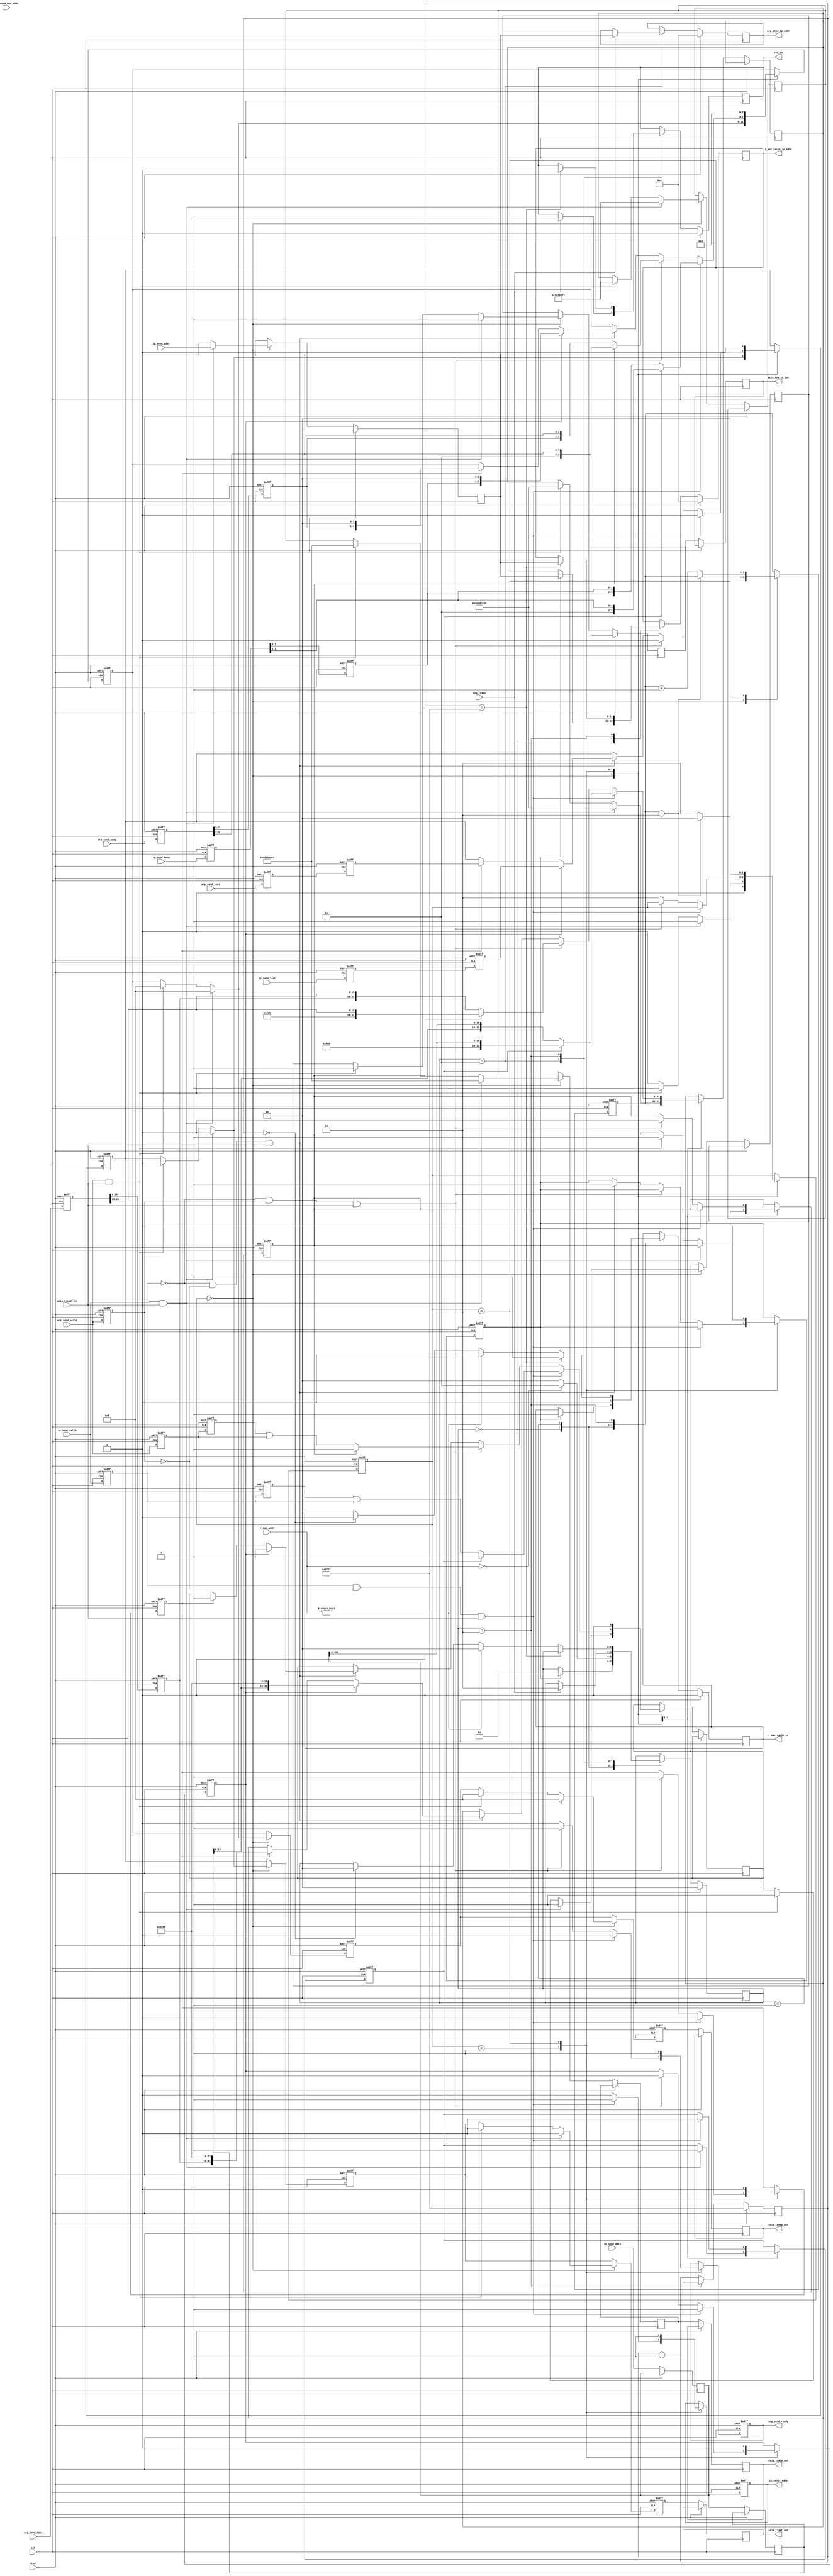
`timescale 1ps/1ps
`define INIT 2'h0 //all
`define RECV 2'h1 //ri, ra
`define MAC  2'h1 //trans
`define IP   2'h1 //cpu
`define WAIT 2'h2 //ri, ra, trans
`define ARP  2'h2
`define REQ  2'h3 //trans


module send_buffer
#(
    parameter SRC_MAC = 48'h55ffeeddccbb,
    parameter DES_MAC = 48'hdd0504030201
    )
(

    input               clk,
    input               reset,
    //ip send
    input [31:0]        ip_send_addr,
    input [31:0]        ip_send_data,
    input               ip_send_valid,
    input [3:0]         ip_send_keep,
    input               ip_send_last,
    output reg          ip_send_ready,
    //arp_send
    //**send reply ports
    input [47:0]        arp_send_mac_addr,
    input [31:0]        arp_send_data,
    input               arp_send_valid,
    input [3:0]         arp_send_keep,
    input               arp_send_last,
    output reg          arp_send_ready,
    //**send request ports
    input               req_ready,
    output reg [31:0]   arp_send_ip_addr,
    output reg          req_en,
    //mac_cache
    input [47:0]        r_mac_addr,
    output reg          r_mac_cache_en,
    output reg [31:0]   r_mac_cache_ip_addr,

    output reg [31:0]   axis_tdata_out,
    output reg          axis_tvalid_out,
    output reg [3:0]    axis_tkeep_out,
    output reg          axis_tlast_out,
    input               axis_tready_in
);


reg [1:0]           tail_cnt;


//arp vars
reg [1:0]           ra_state;
reg                 arp_head;
reg                 arp_send_symbol;
reg                 arp_send_valid_r;
reg                 cpu_arp_done;

reg [47:0]          ra_mac_addr;
reg [31:0]          ra_data[6:0];
reg [2:0]           ra_count;
//ip vars
reg [31:0]          data_r1, data_r2, data_r3 ='h0;
reg [3:0]           keep_r1, keep_r2, keep_r3;
reg                 last_r1, last_r2, last_r3;
reg                 valid_r1, valid_r2, valid_r3;
reg [3:0]           ip_send_keep_r1, ip_send_keep_r2;
reg                 ip_send_last_r1, ip_send_last_r2;
reg                 ip_send_valid_r1, ip_send_valid_r2;
reg [31:0]          arp_data_r1, arp_data_r2, arp_data_r3, arp_data_r4, arp_data_r5;
reg [3:0]           arp_send_keep_r1, arp_send_keep_r2, arp_send_keep_r3, arp_send_keep_r4, arp_send_keep_r5;
reg                 arp_send_last_r1, arp_send_last_r2;
reg                 arp_send_valid_r1, arp_send_valid_r2;

reg [31:0]          ip_data_r1, ip_data_r2;
reg                 ip_send_valid_r;
reg                 ip_head;
reg [1:0]           buffer_cnt;
reg                 ip_send_symbol;

reg [1:0]           ri_state;
reg [47:0]          ri_mac_addr;
reg [31:0]          ri_ip_addr;
reg [31:0]          ri_data[255:0];
reg [7:0]           ri_count;
reg                 ri_buf_wait; //goes high after recving ip data, low after sent to cpu
reg                 ri_buf_translate; //goes high after recving ip data
//translation vars
reg [1:0]               mac_state;
reg [15:0]               mac_timeout;

integer               i;

//receive arp reply state machine
always @(posedge clk or posedge reset) begin
  if(reset) begin
     ra_state <= `INIT;
     ra_count <= 3'h0;
    // arp_send_ready <= 1'b1;
     ra_mac_addr <= 48'h0;
     for(i = 3'h0; i < 3'h7; i = i+1)
       ra_data[i] <= 32'h0;
  end else

    begin
       case (ra_state)
         `INIT: begin
            if (arp_send_valid) begin
               ra_state <= `RECV;
               ra_mac_addr <= arp_send_mac_addr;
               ra_data[0] <= arp_send_data;
               ra_count <= 3'h1; //start receiving at the second word
            end
         end
         `RECV: begin
            if (ra_count < 3'h7) begin
               ra_data[ra_count] <= arp_send_data;
               ra_count <= ra_count + 3'h1;
            end else
              begin
                 ra_count <= 3'h0;
                // arp_send_ready <= 1'b0;
                 ra_state <= `WAIT;
              end
         end
         `WAIT: begin
            if (cpu_arp_done == 1'b1) begin
               ra_state <= `INIT;
               //arp_send_ready <= 1'b1;
            end
         end
       endcase
    end
end

//receive ip state machine
always @(posedge clk or posedge reset) begin
  if(reset) begin
     ri_state <= `INIT;
     ri_count <= 8'h0;
     ri_buf_wait <= 1'b0;
     ip_send_ready <= 1'b1;
     arp_send_ready <= 1'b1;
     ri_buf_translate <= 1'b0;
     ip_head <= 'b1;
     arp_head <= 'b1;
     ip_send_symbol <= 'b0;
     arp_send_symbol <= 'b0;
     buffer_cnt <= 'h0;
     tail_cnt <= 'h0;
     arp_send_valid_r <= 1'b0;
     {ip_send_keep_r2, ip_send_keep_r1} <= 'h0;
     {ip_send_last_r2, ip_send_last_r1} <= 'h0;
     {ip_send_valid_r2, ip_send_valid_r1} <= 'h0;
     {arp_send_keep_r2, arp_send_keep_r1} <= 'h0;
     {arp_send_last_r2, arp_send_last_r1} <= 'h0;
     {arp_send_valid_r2, arp_send_valid_r1} <= 'h0;
     {arp_data_r1, arp_data_r2, arp_data_r3, arp_data_r4, arp_data_r5} <= 'h0;
     {keep_r3, keep_r2, keep_r1} <= 'h0;
     {last_r3, last_r2, last_r1} <= 'h0;
     for(i = 8'h0; i < 8'hFF; i = i+1)
       ri_data[i] <= 32'h0;
  end else
    begin
       axis_tdata_out <= data_r3;
       data_r3 <= data_r2;
       data_r2 <= data_r1;

       axis_tkeep_out <= keep_r3;
       keep_r3 <= keep_r2;
       keep_r2 <= keep_r1;

       axis_tvalid_out <= valid_r3;
       valid_r3 <= valid_r2;
       valid_r2 <= valid_r1;

       axis_tlast_out <= last_r3;
       last_r3 <= last_r2;
       last_r2 <= last_r1;

       ip_data_r1 <= ip_send_data;
       ip_data_r2 <= ip_data_r1;

       ip_send_valid_r1 <= ip_send_valid;
       ip_send_valid_r2 <= ip_send_valid_r1;

       ip_send_keep_r1 <= ip_send_keep;
       ip_send_keep_r2 <= ip_send_keep_r1;

       ip_send_last_r1 <= ip_send_last;
       ip_send_last_r2 <= ip_send_last_r1;

       arp_data_r1 <= arp_send_data;
       arp_data_r2 <= arp_data_r1;
       arp_data_r3 <= arp_data_r2;


       arp_send_valid_r1 <= arp_send_valid;
       arp_send_valid_r2 <= arp_send_valid_r1;

       arp_send_keep_r1 <= arp_send_keep;
       arp_send_keep_r2 <= arp_send_keep_r1;

       arp_send_last_r1 <= arp_send_last;
       arp_send_last_r2 <= arp_send_last_r1;

       arp_send_valid_r <= arp_send_valid;

       case (ri_state)
         `INIT: begin
            tail_cnt <= 'h0;
            if (ip_send_valid & axis_tready_in) begin
               data_r3 <= DES_MAC[47:16];
               data_r2 <= {DES_MAC[15:0], SRC_MAC[47:32]};
               data_r1 <= SRC_MAC[31:0];
               keep_r3 <= 'hf;
               keep_r2 <= 'hf;
               keep_r1 <= 'hf;
               last_r3 <= 1'b0;
               last_r2 <= 1'b0;
               last_r1 <= 1'b0;
               {valid_r3, valid_r2, valid_r1} <= 3'b111;

               // ip_data_r1 <= ip_send_data;
               ip_head <= 1'b1;
               ri_state <= `RECV;
               ri_ip_addr <= ip_send_addr;
               ri_count <= 8'h1; //start receiving at the second word
            end // if (ip_send_valid)
            else if (arp_send_valid & axis_tready_in) begin
               data_r3 <= DES_MAC[47:16];
               data_r2 <= {DES_MAC[15:0], SRC_MAC[47:32]};
               data_r1 <= SRC_MAC[31:0];
               keep_r3 <= 'hf;
               keep_r2 <= 'hf;
               keep_r1 <= 'hf;
               last_r3 <= 1'b0;
               last_r2 <= 1'b0;
               last_r1 <= 1'b0;
               {valid_r3, valid_r2, valid_r1} <= 3'b111;
               //arp_data_r1 <= arp_send_data;
               arp_head <= 1'b1;
               ri_state <= `RECV;
            end
            else begin
               ri_state <= `INIT;

            end // else: !if(arp_send_valid)
         end
         `RECV: begin
            if (ip_send_valid_r1 && !arp_send_valid_r && axis_tready_in) begin
                ip_send_symbol <= 'b1;
                arp_send_symbol <= 1'b0;

                arp_send_ready <= 1'b0;
                ip_send_ready <= 1'b1;
                if (ip_head) begin
                    data_r1 <= {16'h0800, ip_data_r1[31:16]};
                    keep_r1 <= {2'b11, ip_send_keep_r1[3:2]};
                    last_r1 <= 1'b0;
                    valid_r1 <= 1'b1;
                    ip_head <= 1'b0;
                end
                else begin
                    data_r1 <= {ip_data_r2[15:0], ip_data_r1[31:16]};
                    keep_r1 <= {ip_send_keep_r2[1:0], ip_send_keep_r1[3:2]};
                    last_r1 <= 1'b0;
                    valid_r1 <= ip_send_valid_r2 | ip_send_valid_r1;
                    buffer_cnt <= 'h1;
                end
                    ri_data[ri_count] <= ip_send_data;
                    ri_count <= ri_count + 8'h1;
            end
            else if (!ip_send_valid_r1 && arp_send_valid_r && axis_tready_in) begin
                arp_send_symbol <= 1'b1;
                ip_send_symbol <= 1'b0;
                ip_send_ready <= 1'b0;
                arp_send_ready <= 1'b1;
                if (arp_head) begin
                    data_r1 <= {16'h0806, arp_data_r1[31:16]};
                    keep_r1 <= {2'b11, arp_send_keep_r1[3:2]};
                    last_r1 <= 1'b0;
                    valid_r1 <= 1'b1;
                    arp_head <= 'b0;
                end
                else begin
                    data_r1 <= {arp_data_r2[15:0], arp_data_r1[31:16]};
                    keep_r1 <= {arp_send_keep_r2[1:0], arp_send_keep_r1[3:2]};
                    valid_r1 <= arp_send_valid_r2 | arp_send_valid_r1;
                    last_r1 <= 1'b0;
                end
            end
            else if (!ip_send_valid_r1 && !arp_send_valid_r && axis_tready_in)begin
                if (ip_send_symbol) begin
                    data_r1 <= {ip_data_r2[15:0], 16'h5555};
                    keep_r1 <= {ip_send_keep_r2[1:0], 2'b00};
                    last_r1 <= ip_send_last_r2;
                    valid_r1 <= 1'b1;
                end
                else if (arp_send_symbol) begin
                    data_r1 <= {arp_data_r2[15:0], 16'h5555};
                    keep_r1 <= {arp_send_keep_r2[1:0], 2'b00};
                    last_r1 <= arp_send_last_r2;
                    valid_r1 <= 1'b1;
                end
                ip_send_ready <= 1'b0;
                arp_send_ready <= 1'b0;
                ri_state <= `WAIT;
                ri_buf_wait <= 1'b1;
                ri_buf_translate <= 1'b1;
            end // else: !if(ip_send_valid)
            else begin
                ip_send_ready <= 1'b0;
                 arp_send_ready <= 1'b0;
                ri_state <= `WAIT;
            end
        end
         `WAIT: begin
            ri_buf_translate <= 1'b0;
            ip_send_ready <= 1'b1;
            arp_send_ready <= 1'b1;
            ri_count <= 8'h0;
            //axis_axis_tvalid_out_out_r <= 1'b1;
            //tkeep_r <= 4'hf;
            valid_r1 <= 1'b0;
            keep_r1 <= 1'b0;
            last_r1 <= 1'b0;
            ip_send_symbol <= 1'b0;
            arp_send_symbol <= 1'b0;
            if (tail_cnt == 2'h2) begin
               ri_state <= `INIT;
              // axis_tlast_out_r <= 1'b1;
            end
            else begin
               tail_cnt <= tail_cnt + 2'h1;
               ri_state <= `WAIT;
            end
         end
       endcase
    end
end

//ip->mac translation state machine
always @(posedge clk) begin
  if(reset) begin
     mac_state <= `INIT;
     mac_timeout <= 16'hFFFF;
     ri_mac_addr <= 48'h0;
     r_mac_cache_en <= 1'b0;
     r_mac_cache_ip_addr <= 32'h0;
     req_en <= 1'b0;
     arp_send_ip_addr <= 32'b0;
  end else
    begin
       case (mac_state)
         `INIT: begin
            if (ri_buf_translate) begin
               mac_state <= `MAC;
               r_mac_cache_en <= 1'b1;
               r_mac_cache_ip_addr <= ri_ip_addr;
            end
         end
         `MAC: begin
            r_mac_cache_en <= 1'b0;
            if (r_mac_addr == 48'h0) begin
               //no translation, need to send an arp request
               $display("arp request time!");
               mac_state <= `REQ;
            end else
              begin
                 //found a translation, use it and done
                 $display("found translation in mac cache!");
                 ri_mac_addr <= r_mac_addr;
                 mac_state <= `INIT;
              end
         end
         `REQ: begin
            if(req_ready) begin
               arp_send_ip_addr <= ri_ip_addr;
               req_en <= 1'b1;
               mac_state <= `WAIT;
            end
         end
         `WAIT: begin
            mac_timeout <= mac_timeout - 16'h1;
            if (mac_timeout == 16'hFFFF) begin
               $display("waiting for reply!");
               //turn off arp request
               req_en <= 1'b0;
               //turn mac cache back on
               r_mac_cache_en <= 1'b1;
               r_mac_cache_ip_addr <= ri_ip_addr;
            end else
              if (r_mac_addr != 48'h0) begin
                 $display("got translation!");
                 //found a translation, use it and done
                 r_mac_cache_en <= 1'b0;
                 ri_mac_addr <= r_mac_addr;
                 mac_state <= `INIT;
              end else
                if (mac_timeout == 16'h0) begin
                   $display("timeout!");
                   //waited long enough, error out
                   r_mac_cache_en <= 1'b0;
                   ri_buf_wait <= 1'b0;
                   mac_state <= `INIT;
                end
         end
       endcase
    end
end

endmodule